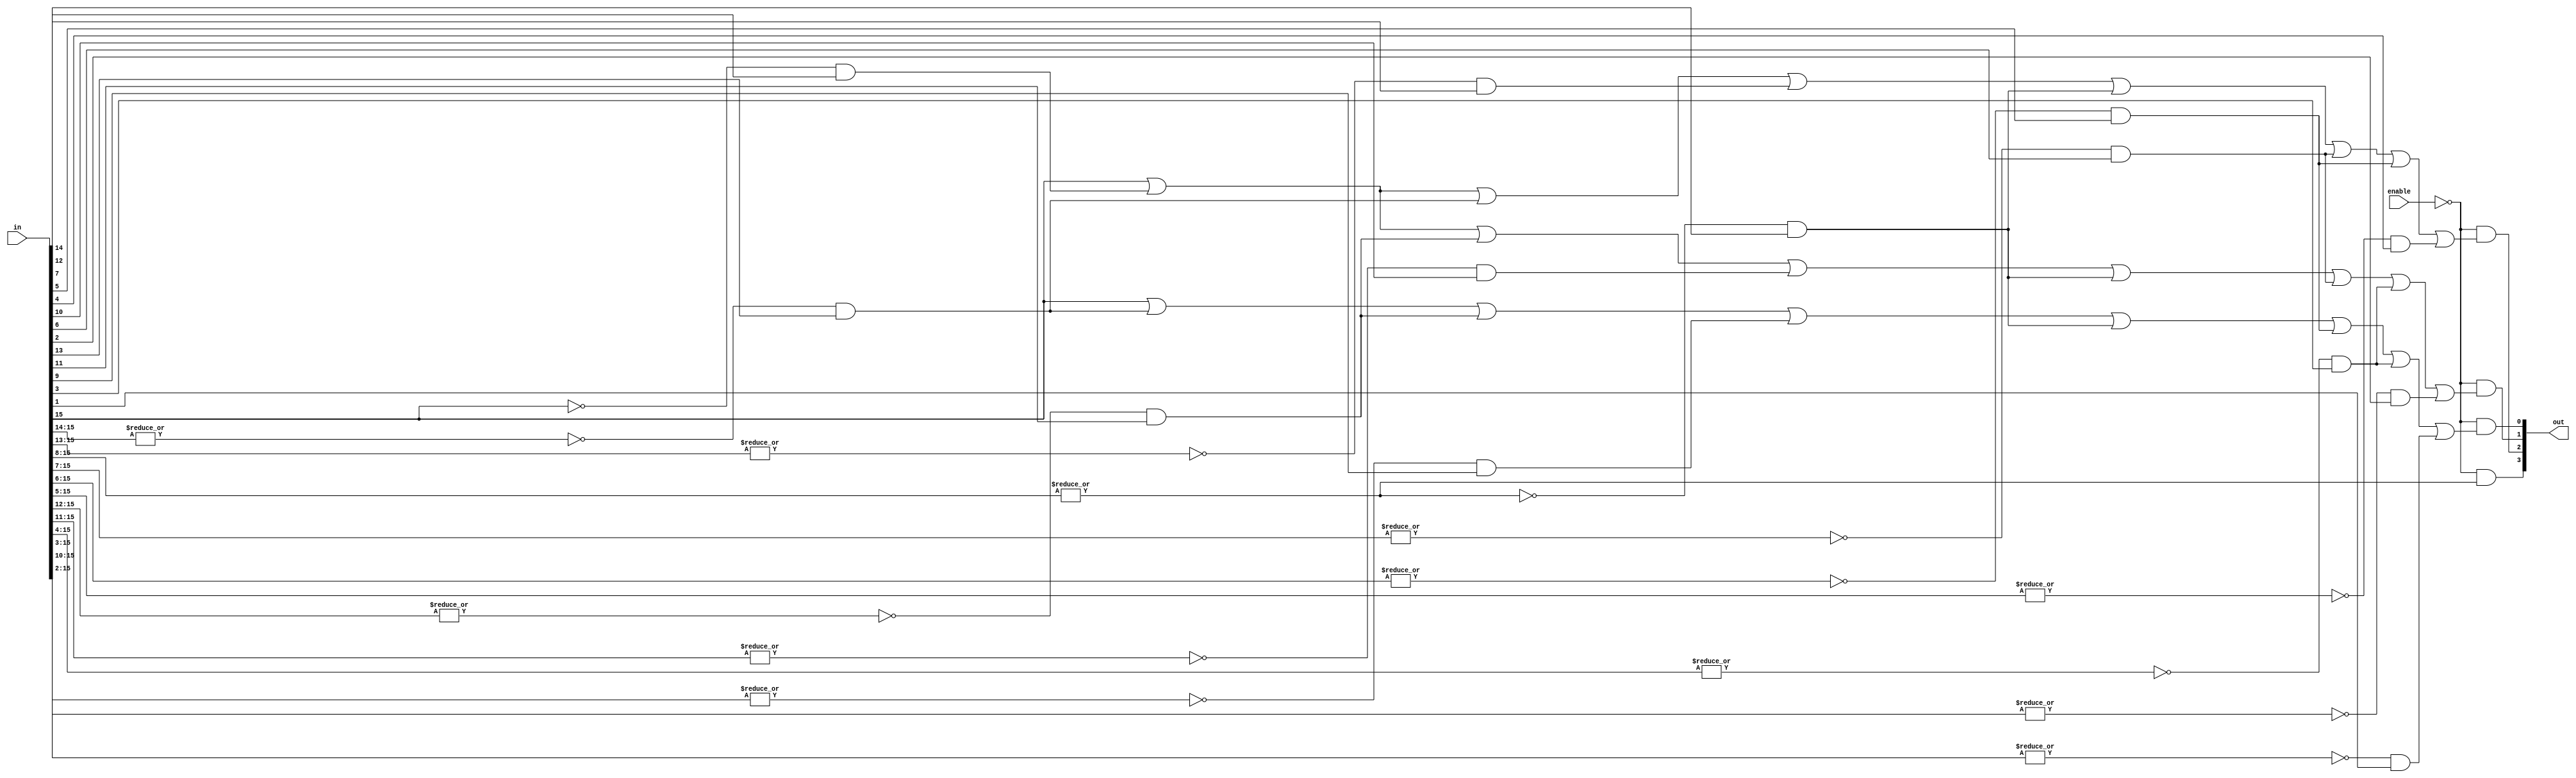
// Design a 16:4 Priority Encoder with active low enable.

module priority_encoder_16to4_active_low_enable(output [3:0]out,
                              input [15:0]in,
                              input enable);

assign out[3] = ~enable & (| in[15:8]);

assign out[2] = ~enable & (in[15] | 
~in[15] & in[14] |
~|in[15:14] & in[13] |
~|in[15:13] & in[12] |
~|in[15:8] & in[7] |
~|in[15:7] & in[6] |
~|in[15:6] & in[5] |
~|in[15:5] & in[4] );

assign out[1] = ~enable & (in[15] |
~in[15] &in[14] |
~|in[15:12] &in[11] |
~|in[15:11] &in[10] |
~|in[15:8] &in[7] |
~|in[15:7] &in[6] |
~|in[15:4] &in[3] |
~|in[15:3] &in[2] );

assign out[0] = ~enable & (in[15] | 
~|in[15:14] & in[13] |
~|in[15:12] & in[11] |
~|in[15:10] & in[9] |
~|in[15:8] & in[7] |
~|in[15:6] & in[5] |
~|in[15:4] & in[3] |
~|in[15:2] & in[1] );

endmodule